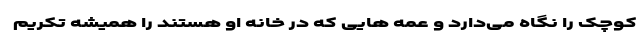
کوچک را نگاه می‌دارد و عمه هایی که در خانه او هستند را همیشه تکریم